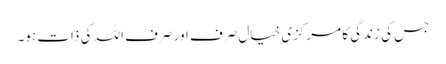
جس کی زندگی کا مرکزی خیال صرف اور صرف اللہ کی ذات ہو۔